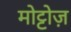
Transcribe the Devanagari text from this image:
मोट्टोज़